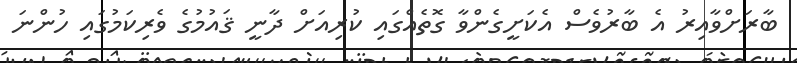
ބާރަށްވާއިރު އެ ބާރުވެސް އެކަށީގެންވާ ގޮތެއްގައި ކުރިއަށް ދާނީ ޤައުމުގެ ވެރިކަމުގައި ހުންނަ